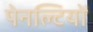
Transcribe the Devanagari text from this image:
पेनल्टियों